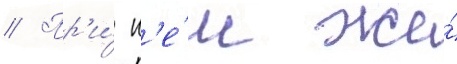
// Пр'и́ н'е́м же́